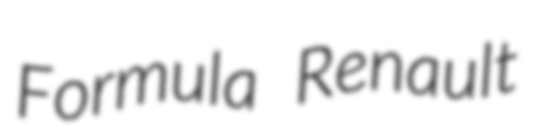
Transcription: Formula Renault